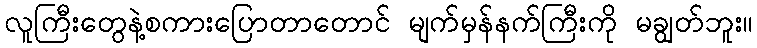
လူကြီးတွေနဲ့စကားပြောတာတောင် မျက်မှန်နက်ကြီးကို မချွတ်ဘူး။